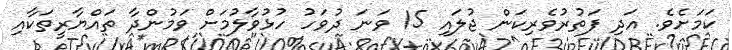
ކަމަށެވެ. އަދި ފަތުރުވެރިކަން ޖުލައި 15 ވަނަ ދުވަހު ހުޅުވާލުމަށް ވަމުންދާ ތައްޔާރީތަކާއި